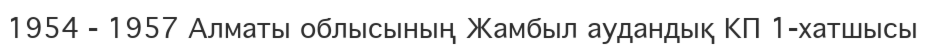
1954 - 1957 Алматы облысының Жамбыл аудандық КП 1-хатшысы